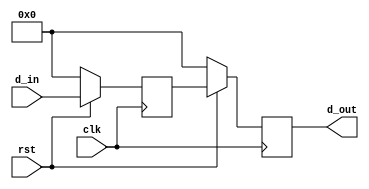
`timescale 1ns/1ps
module synchronizer #(parameter WIDTH=4) (clk,rst,d_in,d_out);
  input clk,rst;
  input [WIDTH:0] d_in;
  output reg [WIDTH:0] d_out;
  
  reg [WIDTH:0] q;
  
  always@(posedge clk) begin
    if(!rst) begin                      //avoid metastability effect used synchronizer
      q <= 0;
      d_out <= 0;
    end
	 
    else begin
      q <= d_in;
      d_out <= q;
    end
  end
endmodule